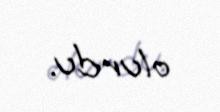
olurdu.